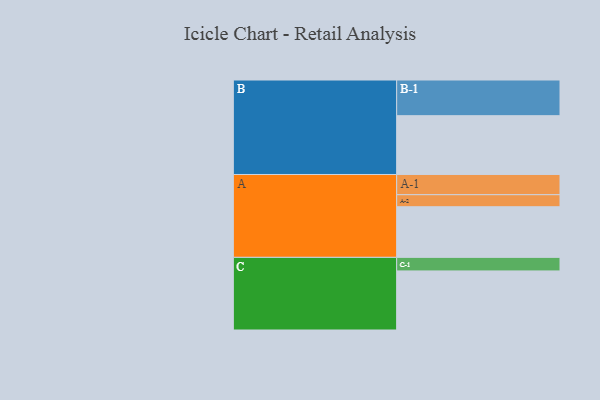
{"axis": {"x": "Segment", "y": "Value"}, "legend": ["", "A", "B", "C"], "data": [{"x": "A", "y": 366, "type": ""}, {"x": "B", "y": 425, "type": ""}, {"x": "C", "y": 427, "type": ""}, {"x": "A-1", "y": 146, "type": "A"}, {"x": "A-2", "y": 87, "type": "A"}, {"x": "B-1", "y": 258, "type": "B"}, {"x": "C-1", "y": 98, "type": "C"}]}